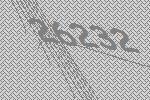
26232